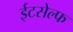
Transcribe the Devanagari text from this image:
ईटसेल्फ